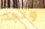
وتجد